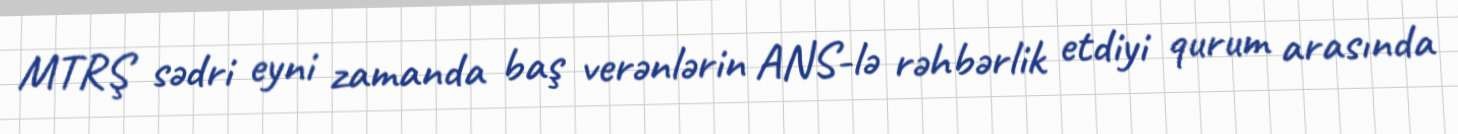
MTRŞ sədri eyni zamanda baş verənlərin ANS-lə rəhbərlik etdiyi qurum arasında